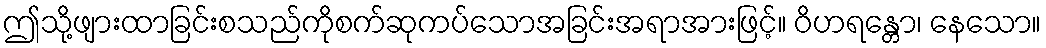
ဤသို့ဖျားထာခြင်းစသည်ကိုစက်ဆုကပ်သောအခြင်းအရာအားဖြင့်။ ဝိဟရန္တော၊ နေသော။